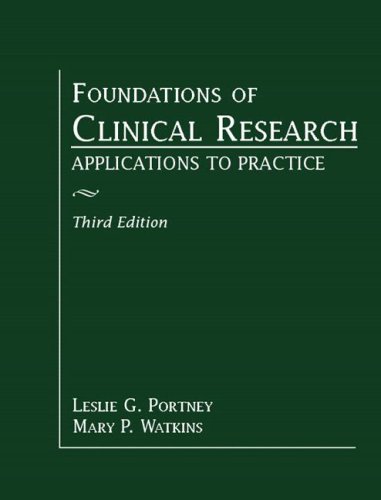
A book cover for Foundations of Clinical Research: Applications to Practice (3rd Edition); Leslie G. Portney; Medical Books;